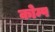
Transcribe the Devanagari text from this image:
कोम्प